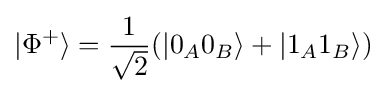
|\Phi ^{+}\rangle ={\frac {1}{\sqrt {2}}}(|0_{A}0_{B}\rangle +|1_{A}1_{B}\rangle )